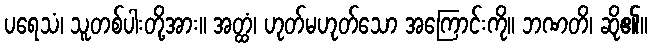
ပရေသံ၊ သူတစ်ပါးတို့အား။ အတ္ထံ၊ ဟုတ်မဟုတ်သော အကြောင်းကို။ ဘဏတိ၊ ဆို၏။